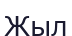
Жыл